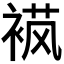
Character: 𬡟